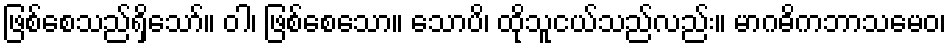
ဖြစ်စေသည်ရှိသော်။ ဝါ၊ ဖြစ်စေသော။ သောပိ၊ ထိုသူငယ်သည်လည်း။ မာဂဓိကဘာသမေဝ၊